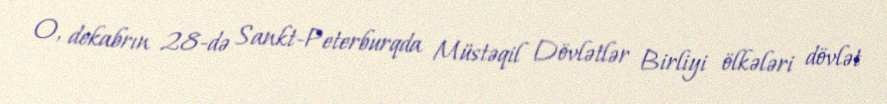
O, dekabrın 28-də Sankt-Peterburqda Müstəqil Dövlətlər Birliyi ölkələri dövlət